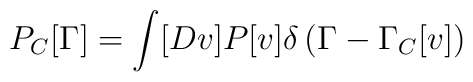
P_C[\Gamma] = \int [Dv] P[v] \delta\left(\Gamma- \Gamma_C[v]\right)